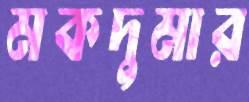
মকদুমার